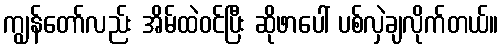
ကျွန်တော်လည်း အိမ်ထဲဝင်ပြီး ဆိုဖာပေါ် ပစ်လှဲချလိုက်တယ်။